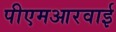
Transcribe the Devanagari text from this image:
पीएमआरवाई